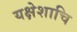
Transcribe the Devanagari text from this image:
यक्षेशाचि